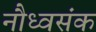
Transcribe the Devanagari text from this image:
नौध्वसंक